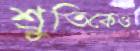
শ্রুতিকেও